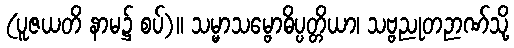
(ပူဇယတိ နာမ၌ စပ်)။ သမ္မာသမ္ဗောဓိပ္ပတ္တိယာ၊ သဗ္ဗညုတဉာဏ်သို့